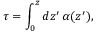
\tau = \int _ { 0 } ^ { z } d z ^ { \prime } \, \alpha ( z ^ { \prime } ) ,